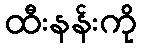
ထီးနန်းကို